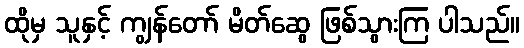
ထိုမှ သူနှင့် ကျွန်တော် မိတ်ဆွေ ဖြစ်သွားကြ ပါသည်။